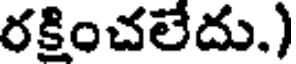
రక్షించలేదు.)